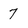
Character: 7